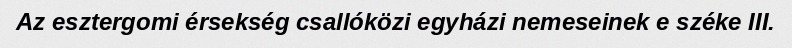
Az esztergomi érsekség csallóközi egyházi nemeseinek e széke III.